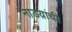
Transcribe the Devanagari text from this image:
नाडय़ांची